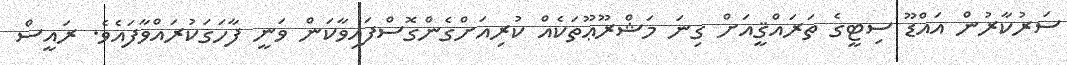
ސަރުކާރުން އައްޑޫ ސިޓީގެ ތަރައްޤީއަށް ގިނަ މަޝްރޫޢޫތަކެއް ކުރިއަށްގެންގޮސްފައިވާކަން ވަނީ ފާހަގަކުރައްވާފައެވެ. ރައީސް